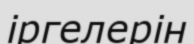
іргелерін